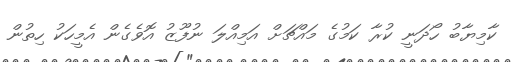
ކާމިޔާބު ހޯދަނީ ކުރާ ކަމުގެ މައްޗަށް އަމިއްލަ ނުފޫޒު އޮވެގެން އެމީހަކު ހިތުން